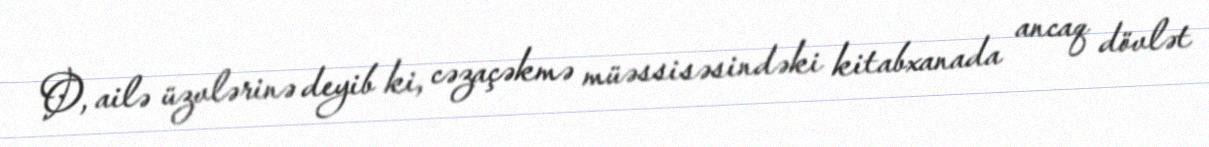
O, ailə üzvlərinə deyib ki, cəzaçəkmə müəssisəsindəki kitabxanada ancaq dövlət